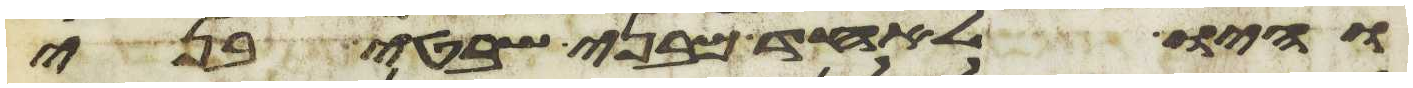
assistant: והיו לאחד מבני שבטי בני